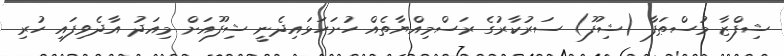
ޝިފްޒާ މުސްޠަފާ (ޝިފޫ) ސަރުކާރުގެ ރަސްމިއްޔާތެއް ހުށަހަޅައިިދެނީ ޝިފޫއަށް މިއަދު އާދެވިފައި ހުރި